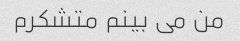
من می بینم متشکرم